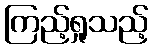
ကြည့်ရှုသည့်